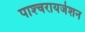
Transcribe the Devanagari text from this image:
पाश्‍चरायजेशन